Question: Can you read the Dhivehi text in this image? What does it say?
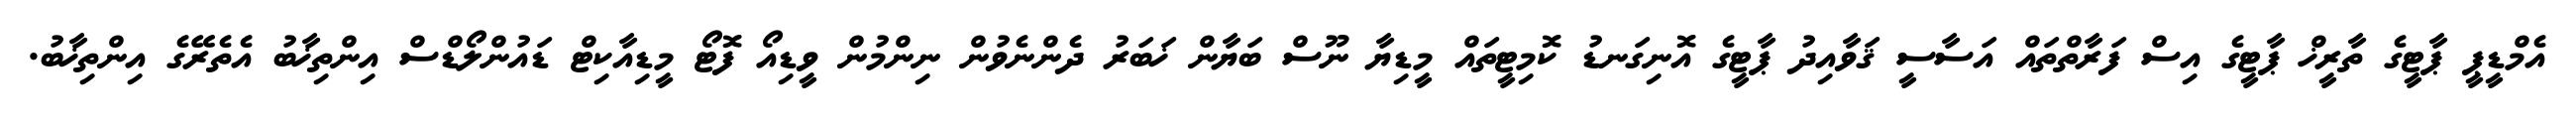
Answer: އެމްޑީޕީ ޕާޓީގެ ތާރީޚް ޕާޓީގެ އިސް ފަރާތްތައް އަސާސީ ޤަވާއިދު ޕާޓީގެ އޮނިގަނޑު ކޮމިޓީތައް މީޑިޔާ ނޫސް ބަޔާން ޚަބަރު ދެންނެވުން ނިންމުން ވީޑިއޯ ފޮޓޯ މީޑިއާކިޓް ޑައުންލޯޑްސް އިންތިޚާބު އެތެރޭގެ އިންތިޚާބު.